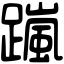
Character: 𨅏